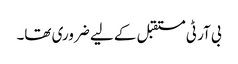
بی آر ٹی مستقبل کے لیے ضروری تھا۔